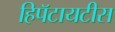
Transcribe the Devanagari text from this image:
हिपॅटायटीस